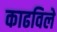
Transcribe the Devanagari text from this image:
काढविले